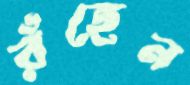
রঁহেন